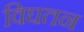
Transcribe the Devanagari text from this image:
विघतन